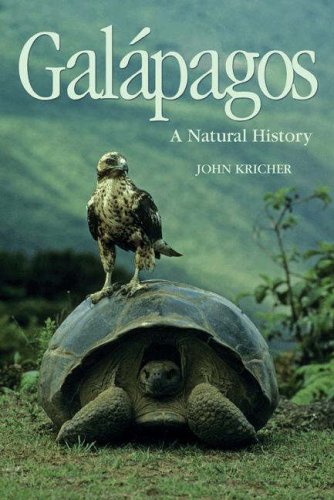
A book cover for GalÃ¡pagos: A Natural History; John Kricher; Travel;